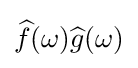
{\widehat {f}}(\omega ){\widehat {g}}(\omega )